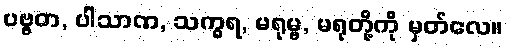
ပဗ္ဗတ, ပါသာဏ, သက္ခရ, မရုမ္ဗ, မရုတို့ကို မှတ်လေ။